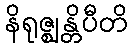
နိရုဇ္ဈန္တိပီတိ